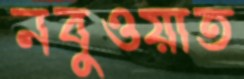
নবুওয়াত